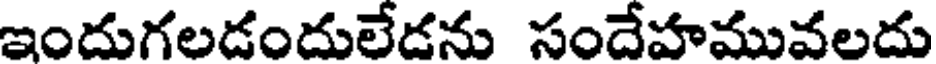
ఇందుగలడందులేడను సందేహమువలదు